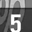
Digit: 5